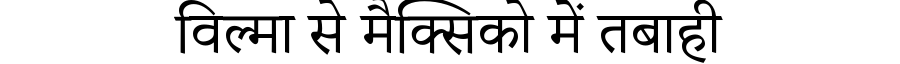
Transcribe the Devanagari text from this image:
विल्मा से मैक्सिको में तबाही